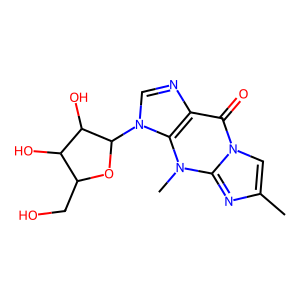
SMILES: Cc1cn2c(=O)c3ncn(C4OC(CO)C(O)C4O)c3n(C)c2n1
Inhibits HIV replication: No